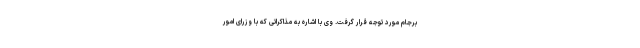
برجام مورد توجه قرار گرفت. وی با اشاره به مذاکراتی که با وزرای امور